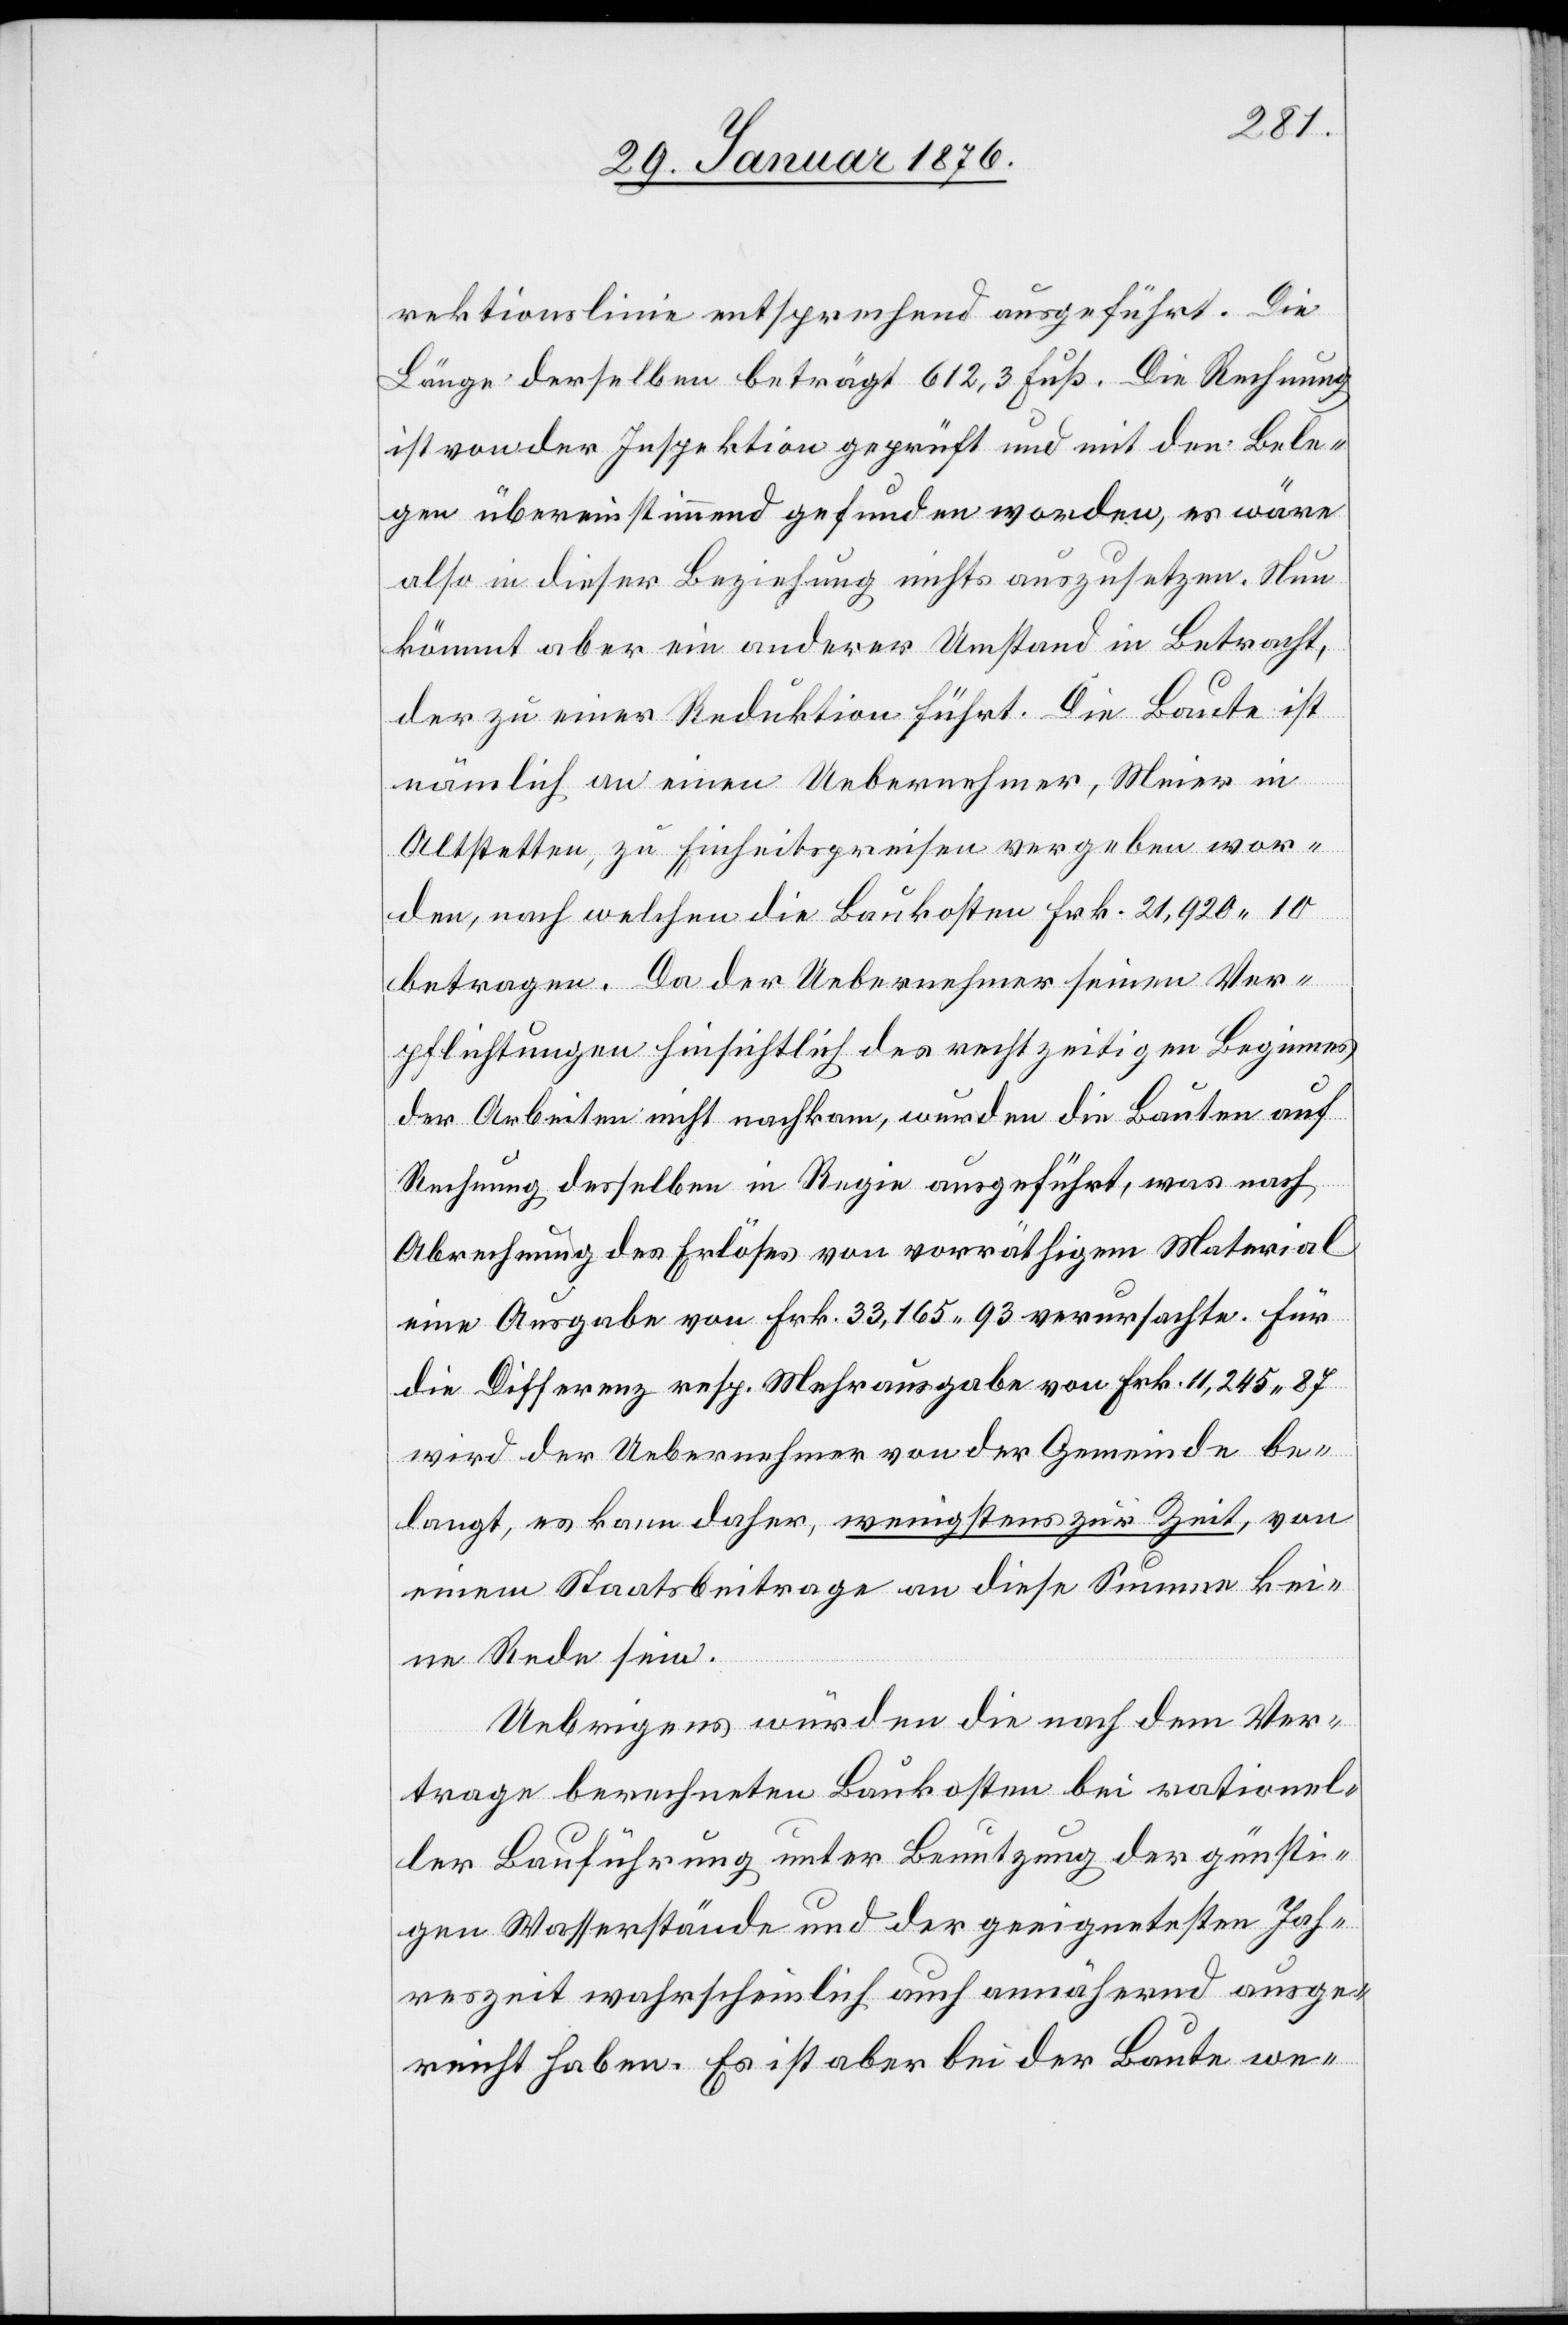
rektionslinie entsprechend ausgeführt. Die
Länge derselben beträgt 612,3 Fuß. Die Rechnung
ist von der Inspektion geprüft und mit den Bele¬
gen übereinstimmend gefunden worden, es wäre
also in dieser Beziehung nichts auszusetzen. Nun
kömmt aber ein anderer Umstand in Betracht,
der zu einer Reduktion führt. Die Baute ist
nämlich an einen Uebernehmer, Meier in
Altstetten, zu Einheitspreisen vergeben wor¬
den, nach welchen die Baukosten Frk. 21,920.10
betragen. Da der Uebernehmer seinen Ver¬
pflichtungen hinsichtlich des rechtzeitigen Beginnes
der Arbeiten nicht nachkam, wurden die Bauten auf
Rechnung desselben in Regie ausgeführt, was nach
Abrechnung des Erlöses von vorräthigem Material
eine Ausgabe von Frk. 33,165.93 verursachte. Für
die Differenz resp. Mehrausgabe von Frk. 11,245.87
wird der Uebernehmer von der Gemeinde be¬
langt, es kann daher, wenigstens zur Zeit, von
einem Staatsbeitrage an diese Summe kei¬
ne Rede sein.
Uebrigens würden die nach dem Ver¬
trage berechneten Baukosten bei rationel¬
ler Bauführung unter Benutzung der günsti¬
gen Wasserstände und der geeignetsten Jah¬
reszeit wahrscheinlich auch annähernd ausge¬
reicht haben. Es ist aber bei der Baute we-